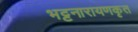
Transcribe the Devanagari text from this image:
भट्टनारायणकृत